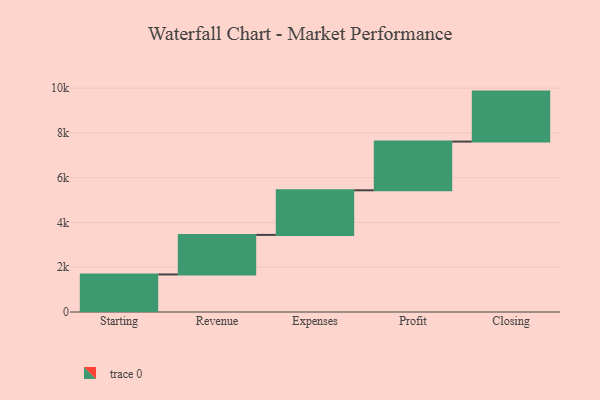
{"axis": {"x": "Step", "y": "Value"}, "legend": [""], "data": [{"x": "Starting", "y": 1677.0, "type": ""}, {"x": "Revenue", "y": 1767.0, "type": ""}, {"x": "Expenses", "y": 1993.0, "type": ""}, {"x": "Profit", "y": 2176.0, "type": ""}, {"x": "Closing", "y": 2233.0, "type": ""}]}